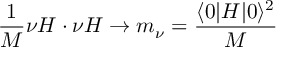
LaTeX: { \frac { 1 } { M } } \nu H \cdot \nu H \rightarrow m _ { \nu } = { \frac { \langle 0 | H | 0 \rangle ^ { 2 } } { M } }